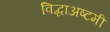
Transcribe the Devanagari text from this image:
विद्धाअष्टमी